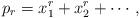
LaTeX: \begin{align*}p_r=x_1^r+x_2^r+\cdots,\end{align*}